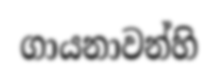
ගායනාවන්හි